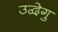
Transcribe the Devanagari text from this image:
उद्वेगु